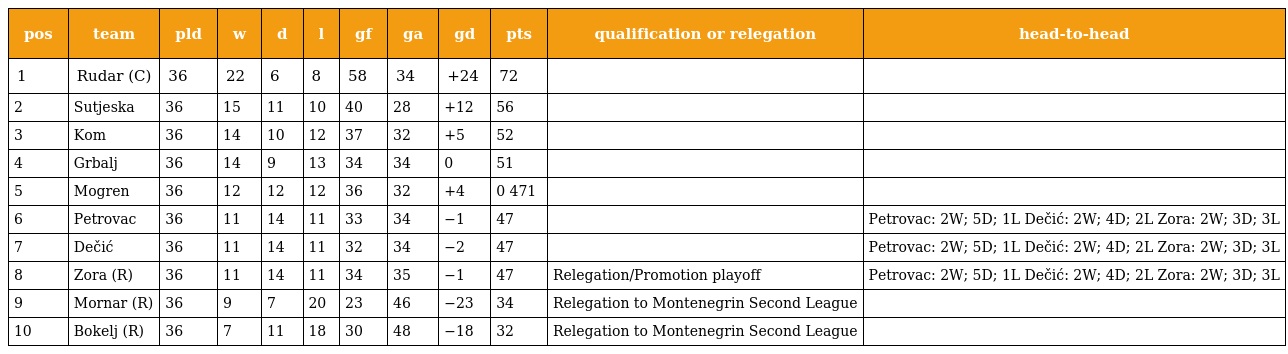
| pos | team | pld | w | d | l | gf | ga | gd | pts | qualification or relegation | head-to-head |
 | --- | --- | --- | --- | --- | --- | --- | --- | --- | --- | --- | --- |
 | 1 | Rudar (C) | 36 | 22 | 6 | 8 | 58 | 34 | +24 | 72 |  |  |
 | 2 | Sutjeska | 36 | 15 | 11 | 10 | 40 | 28 | +12 | 56 |  |  |
 | 3 | Kom | 36 | 14 | 10 | 12 | 37 | 32 | +5 | 52 |  |  |
 | 4 | Grbalj | 36 | 14 | 9 | 13 | 34 | 34 | 0 | 51 |  |  |
 | 5 | Mogren | 36 | 12 | 12 | 12 | 36 | 32 | +4 | 0 471 |  |  |
 | 6 | Petrovac | 36 | 11 | 14 | 11 | 33 | 34 | −1 | 47 |  | Petrovac: 2W; 5D; 1L Dečić: 2W; 4D; 2L Zora: 2W; 3D; 3L |
 | 7 | Dečić | 36 | 11 | 14 | 11 | 32 | 34 | −2 | 47 |  | Petrovac: 2W; 5D; 1L Dečić: 2W; 4D; 2L Zora: 2W; 3D; 3L |
 | 8 | Zora (R) | 36 | 11 | 14 | 11 | 34 | 35 | −1 | 47 | Relegation/Promotion playoff | Petrovac: 2W; 5D; 1L Dečić: 2W; 4D; 2L Zora: 2W; 3D; 3L |
 | 9 | Mornar (R) | 36 | 9 | 7 | 20 | 23 | 46 | −23 | 34 | Relegation to Montenegrin Second League |  |
 | 10 | Bokelj (R) | 36 | 7 | 11 | 18 | 30 | 48 | −18 | 32 | Relegation to Montenegrin Second League |  |